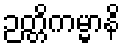
ဉတ္တိကမ္မာနိ